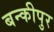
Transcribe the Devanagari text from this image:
बन्कीपुर